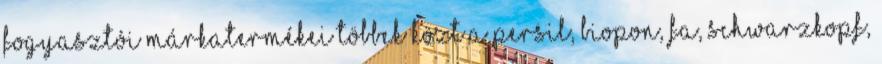
fogyasztói márkatermékei többek közt a Persil, Biopon, Fa, Schwarzkopf,